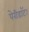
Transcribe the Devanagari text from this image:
पेरीडॉट।